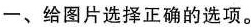
一、给图片选择正确的选项。